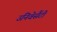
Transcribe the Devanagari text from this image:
उनिवेर्सैटी